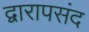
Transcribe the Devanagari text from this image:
द्वारापसंद